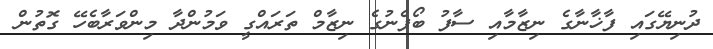
ދުނިޔޭގައި ފާޚާނާގެ ނިޒާމާއި ސާފު ބޯފެނުގެ ނިޒާމް ތަރައްގީ ވަމުންދާ މިންވަރާބެހޭ ގޮތުން